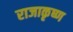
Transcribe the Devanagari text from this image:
राजाकृष्ण